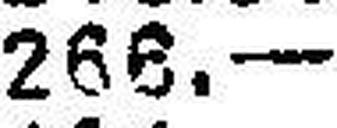
266.—